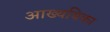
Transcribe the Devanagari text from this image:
आख्ययिका